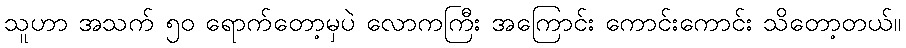
သူဟာ အသက် ၅၀ ရောက်တော့မှပဲ လောကကြီး အကြောင်း ကောင်းကောင်း သိတော့တယ်။